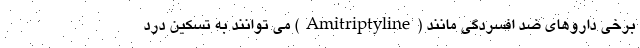
برخی داروهای ضد افسردگی مانند (Amitriptyline) می توانند به تسکین درد